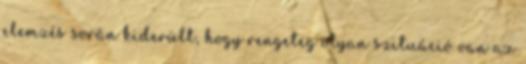
elemzés során kiderült, hogy rengeteg olyan szituáció van az